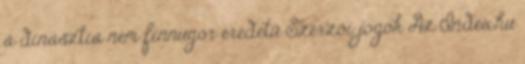
a dinasztia nem finnugor eredetű Szerzői jogok Az Index.hu